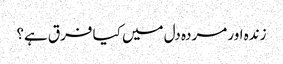
زندہ اور مردہ دل میں کیا فرق ہے؟